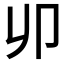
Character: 𠨍